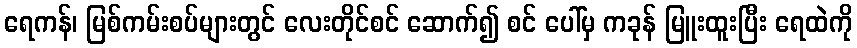
ရေကန်၊ မြစ်ကမ်းစပ်များတွင် လေးတိုင်စင် ဆောက်၍ စင် ပေါ်မှ ကခုန် မြူးထူးပြီး ရေထဲကို